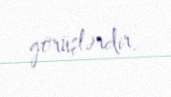
görüşlərdir.